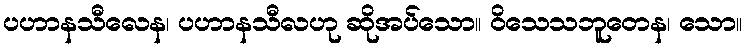
ပဟာနသီလေန၊ ပဟာနသီလဟု ဆိုအပ်သော။ ဝိသေသဘူတေန၊ သော။